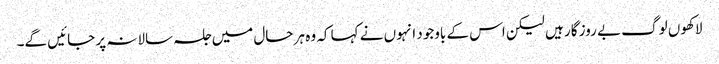
لاکھوں لوگ بے روز گار ہیں لیکن اس کے باوجود انہوں نے کہا کہ وہ ہر حال میں جلسہ سالانہ پر جائیں گے۔